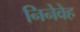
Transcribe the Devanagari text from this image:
निनेवेह